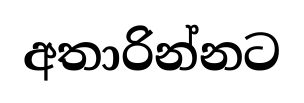
අතාරින්නට